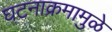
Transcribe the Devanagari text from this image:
घटनाक्रमामुळे